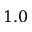
1 . 0